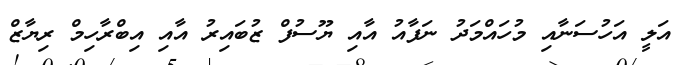
އަލީ އަހުސަނާއި މުހައްމަދު ނަފާއު އާއި ޔޫސުފް ޒުބައިރު އާއި އިބްރާހިމް ރިޔާޒް